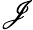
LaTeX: \mathscr{J}